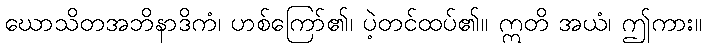
ဃောသိတအဘိနာဒိကံ၊ ဟစ်ကြော်၏၊ ပဲ့တင်ထပ်၏။ ဣတိ အယံ၊ ဤကား။